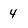
Character: 4